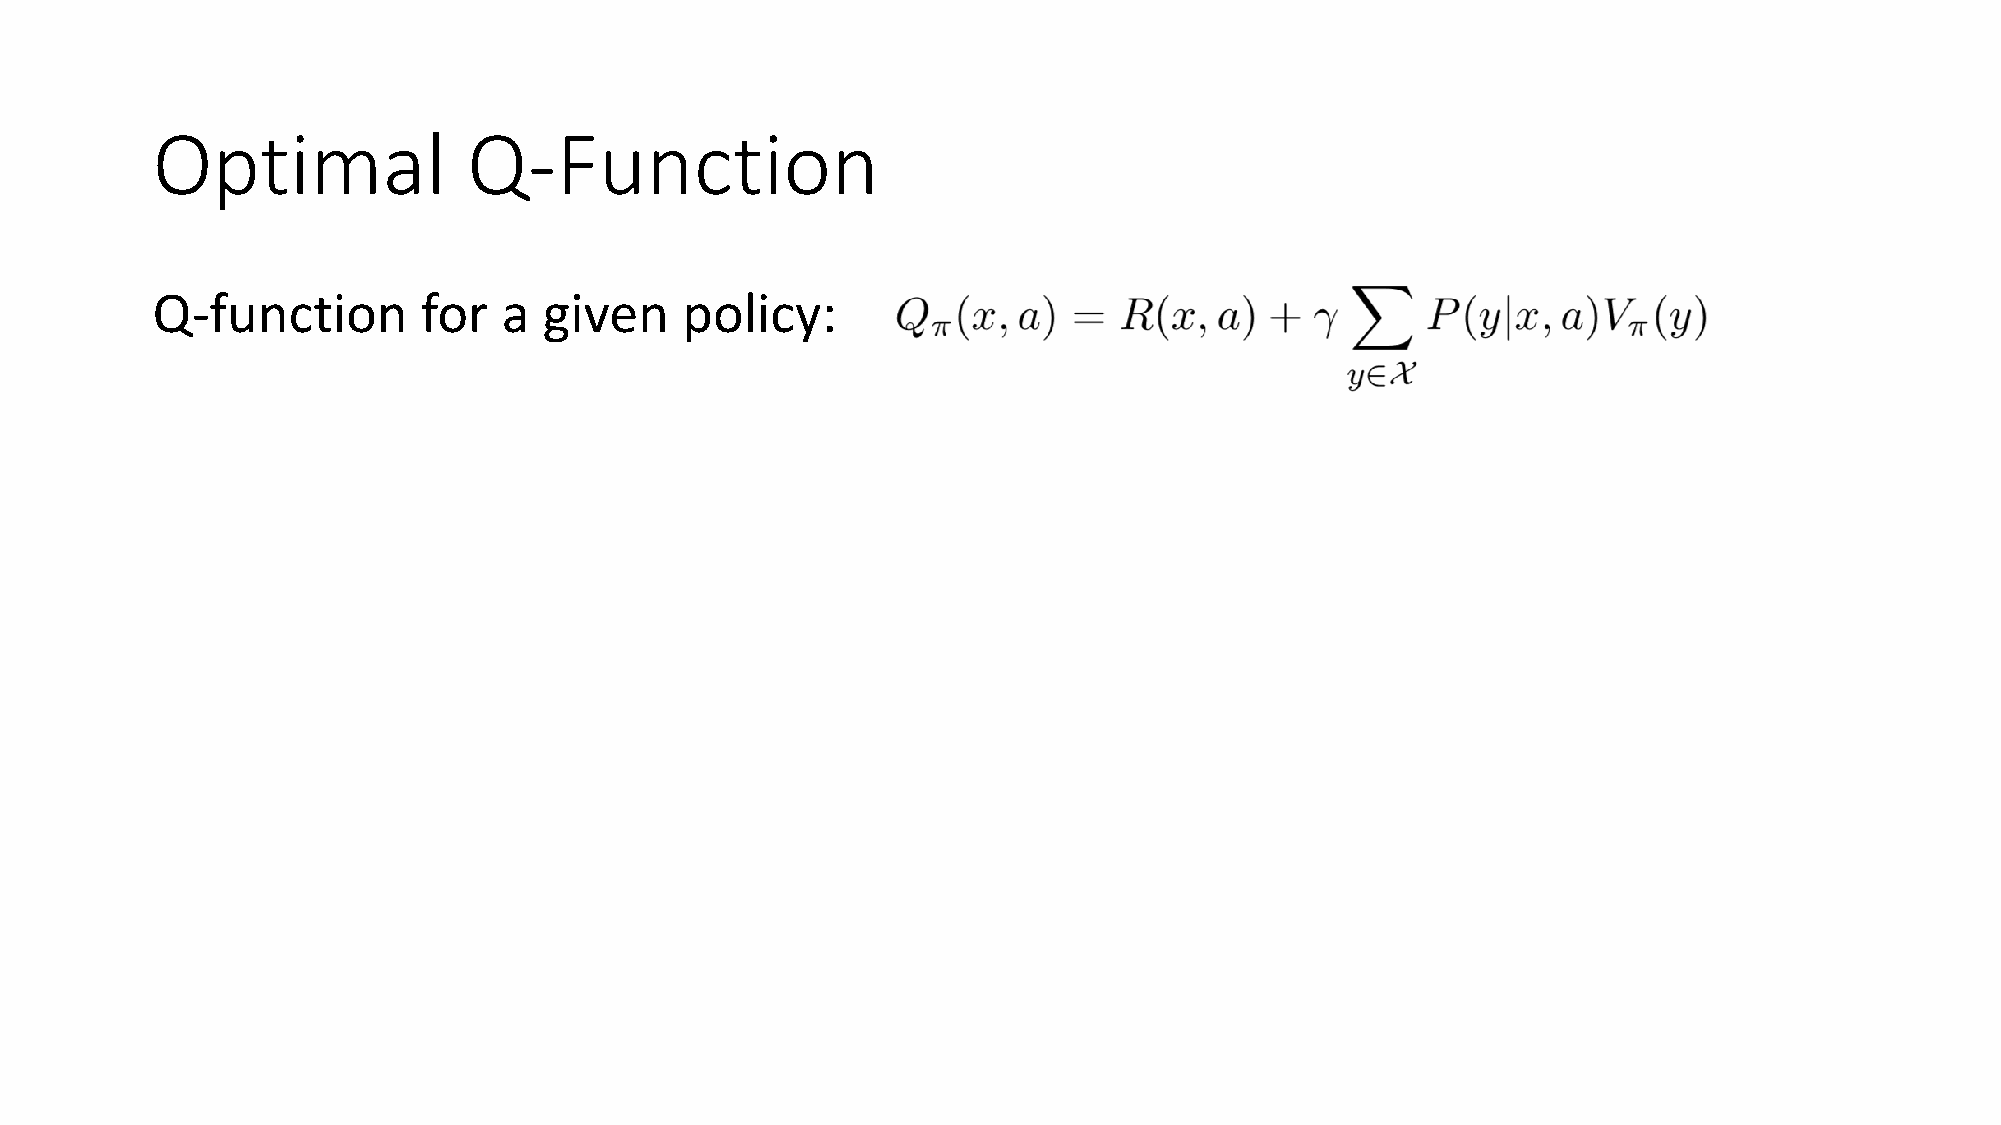
Optimal              Q-Function
 Q-function        for  a  given    policy:
 Optimal       Q-function:
 How     do   we    get  V*   from     Q*  ?
 Recall    optimal      Value     function:
 Bellman       Equation       for  Q*  :